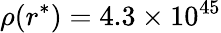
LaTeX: \rho(r^{*})=4.3\times 10^{45}